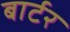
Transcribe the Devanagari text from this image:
बार्टर